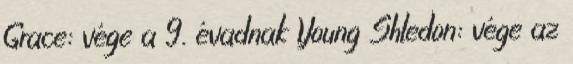
Grace: vége a 9. évadnak Young Shledon: vége az